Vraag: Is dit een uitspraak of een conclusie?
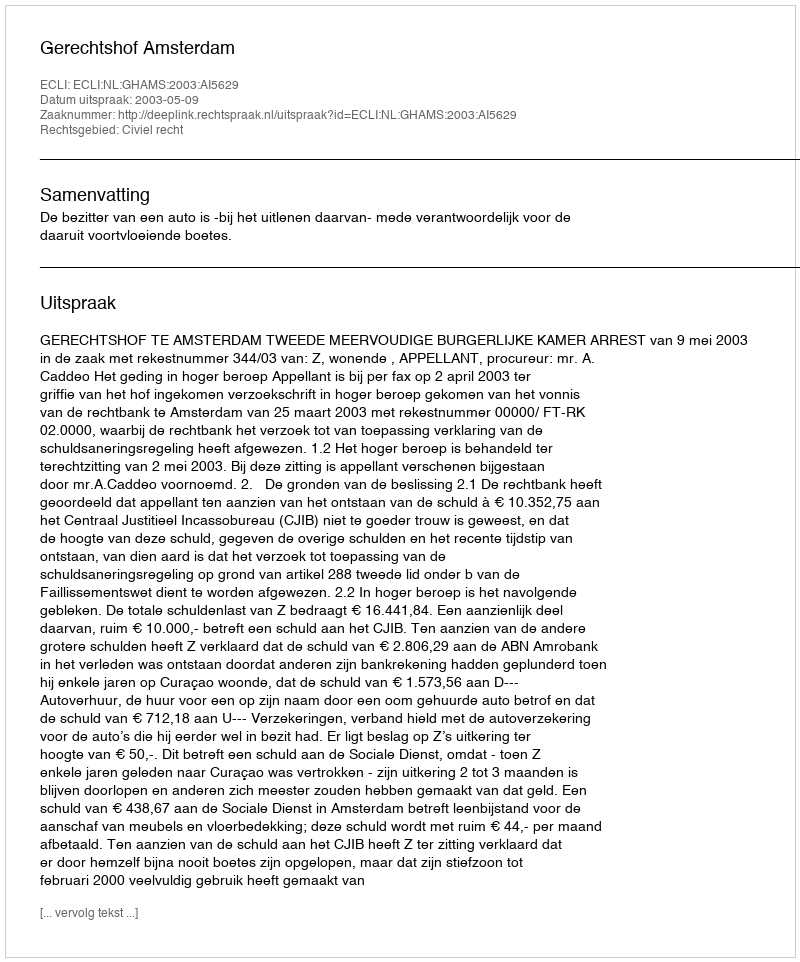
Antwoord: Uitspraak